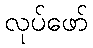
လုပ်ဖော်